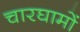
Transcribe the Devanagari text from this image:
चारघामों